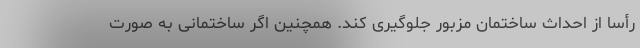
رأساً از احداث ساختمان مزبور جلوگیری کند. همچنین اگر ساختمانی به صورت